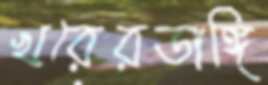
খরেরডাঙ্গি